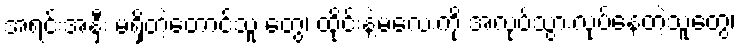
အရင်းအနှီး မရှိတဲ့တောင်သူ တွေ၊ ထိုင်းနဲ့မလေးကို အလုပ်သွားလုပ်နေတဲ့သူတွေ၊